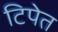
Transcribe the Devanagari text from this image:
टिपेत